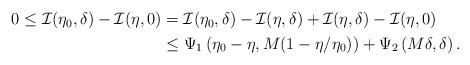
LaTeX: \begin{align*}\begin{aligned}0 \leq \mathcal{I}(\eta_0, \delta) - \mathcal{I}(\eta, 0) & = \mathcal{I}(\eta_0, \delta) - \mathcal{I}(\eta, \delta) + \mathcal{I}(\eta, \delta) - \mathcal{I}(\eta, 0) \\& \leq \Psi_1\left( \eta_0- \eta , M ( 1- \eta/ \eta_0) \right) + \Psi_2 \left(M\delta, \delta \right).\end{aligned}\end{align*}